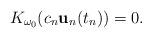
LaTeX: \begin{align*}K_{\omega_0} (c_n {\bf u}_{n}(t_n))=0. \end{align*}